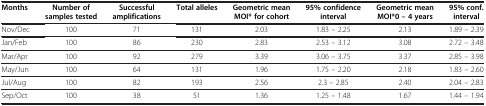
<table><thead><tr><td><b>Months</b></td><td><b>Number of samples tested</b></td><td><b>Successful amplifications</b></td><td><b>Total alleles</b></td><td><b>Geometric mean MOI* for cohort</b></td><td><b>95% confidence interval</b></td><td><b>Geometric mean MOI*0 – 4 years</b></td><td><b>95% conf. interval</b></td></tr></thead><tbody><tr><td>Nov/Dec</td><td>100</td><td>71</td><td>131</td><td>2.03</td><td>1.83 – 2.25</td><td>2.13</td><td>1.89 – 2.39</td></tr><tr><td>Jan/Feb</td><td>100</td><td>86</td><td>230</td><td>2.83</td><td>2.53 – 3.12</td><td>3.08</td><td>2.72 – 3.48</td></tr><tr><td>Mar/Apr</td><td>100</td><td>92</td><td>279</td><td>3.39</td><td>3.06 – 3.75</td><td>3.37</td><td>2.85 – 3.98</td></tr><tr><td>May/Jun</td><td>100</td><td>64</td><td>131</td><td>1.96</td><td>1.75 – 2.20</td><td>2.18</td><td>1.83 – 2.60</td></tr><tr><td>Jul/Aug</td><td>100</td><td>82</td><td>193</td><td>2.56</td><td>2.3 – 2.85</td><td>2.40</td><td>2.04 – 2.83</td></tr><tr><td>Sep/Oct</td><td>100</td><td>38</td><td>51</td><td>1.36</td><td>1.25 – 1.48</td><td>1.67</td><td>1.44 – 1.94</td></tr></tbody></table>